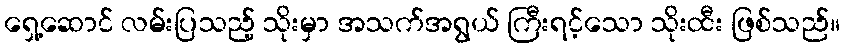
ရှေ့ဆောင် လမ်းပြသည့် သိုးမှာ အသက်အရွယ် ကြီးရင့်သော သိုးထီး ဖြစ်သည်။